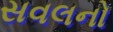
સવલનો